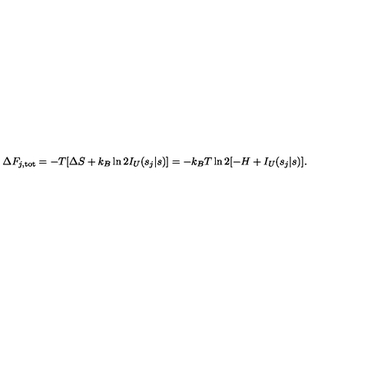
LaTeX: \Delta F _ { j , \mathrm { t o t } } = - T [ \Delta S + k _ { B } \ln 2 I _ { U } ( s _ { j } | s ) ] = - k _ { B } T \ln 2 [ - H + I _ { U } ( s _ { j } | s ) ] .